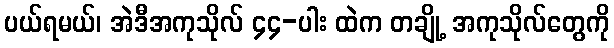
ပယ်ရမယ်၊ အဲဒီအကုသိုလ် ၄၄-ပါး ထဲက တချို့ အကုသိုလ်တွေကို